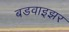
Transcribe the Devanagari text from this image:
बडवाइझर